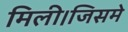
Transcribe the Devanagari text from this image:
मिली।जिसमे